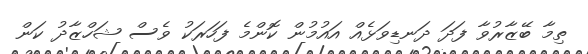
ތިމާ ބޭޒާރުވާ ފަދަ ދަނޑިވަޅެއް އައުމުން ކޮންމެ ފަހަރަކު ވެސް ޝަހްޒާދު ކަން